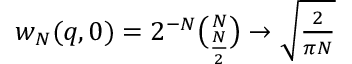
\begin{array} { r } { w _ { N } ( q , 0 ) = 2 ^ { - N } \binom { N } { \frac { N } { 2 } } \to \sqrt { \frac { 2 } { \pi N } } } \end{array}